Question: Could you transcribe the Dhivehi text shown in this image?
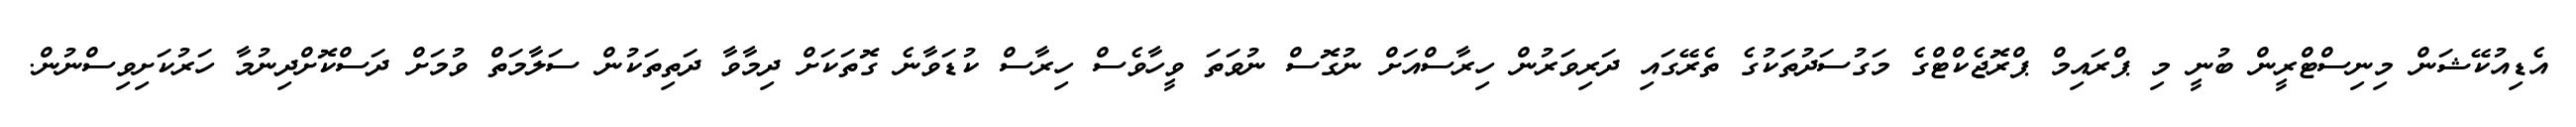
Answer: އެޑިއުކޭޝަން މިނިސްޓްރީން ބުނީ މި ޕްރައިމް ޕްރޮޖެކްޓްގެ މަގުސަދުތަކުގެ ތެރޭގައި ދަރިވަރުން ހިރާސްއަށް ނުގޮސް ނުވަތަ ވީހާވެސް ހިރާސް ކުޑަވާނެ ގޮތަކަށް ދިމާވާ ދަތިތަކުން ސަލާމަތް ވުމަށް ދަސްކޮށްދިނުމާ ހަރުކަށިވިސްނުން.